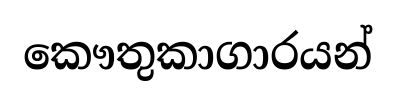
කෞතුකාගාරයන්